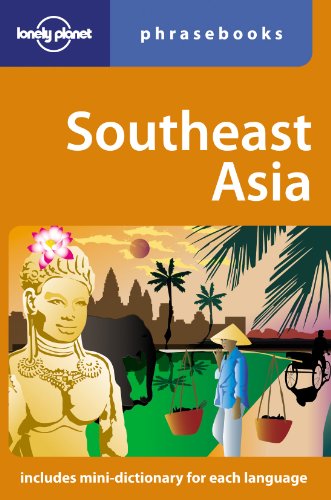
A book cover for Southeast Asia: Lonely Planet Phrasebook; San San Hnin Tun; Travel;